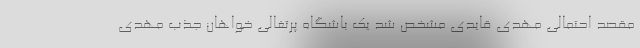
مقصد احتمالی مهدی قایدی مشخص شد یک باشگاه پرتغالی خواهان جذب مهدی